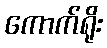
ကောက်ရိုး